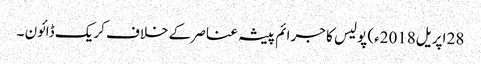
28 اپریل2018ء) پولیس کا جرائم پیشہ عناصر کے خلاف کریک ڈائون ۔